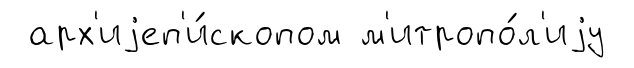
арх'иjеп'и́скопом м'итропо́л'иjу